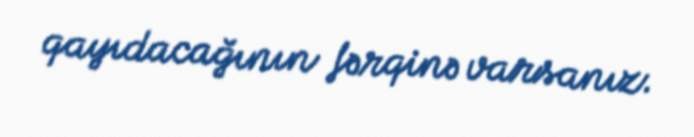
qayıdacağının fərqinə varsanız.